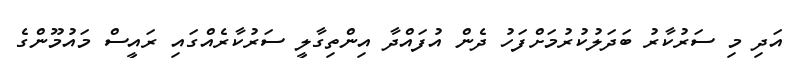
އަދި މި ސަރުކާރު ބަދަލުކުރުމަށްފަހު ދެން އުފައްދާ އިންތިގާލީ ސަރުކާރެއްގައި ރައީސް މައުމޫންގެ